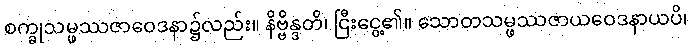
စက္ခုသမ္ဖဿဇာဝေဒနာ၌လည်း။ နိဗ္ဗိန္ဒတိ၊ ငြီးငွေ့၏။ သောတသမ္ဖဿဇာယဝေဒနာယပိ၊